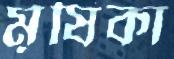
মূষিকা